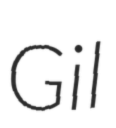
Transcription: Gil